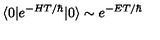
\langle 0 | e ^ { - H T / \hbar } | 0 \rangle \sim e ^ { - E T / \hbar }